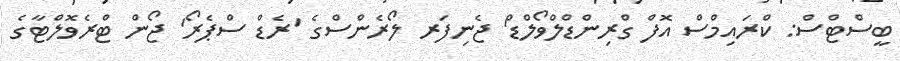
ބީސްޓްސް: ކްރައިމްސް އޮފް ގްރިންޑްލްވޯލްޑް' ޖެނިފަރ ލޯރެންސްގެ 'ރެޑް ސްޕެރޯ' ޖޯން ޓްރެވޮލްޓާގެ